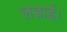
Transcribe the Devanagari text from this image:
लडाई।